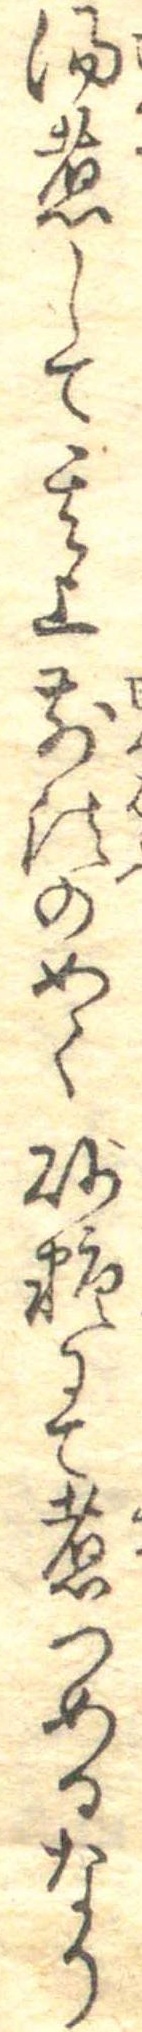
湯煮して其上前法の如く砂糖にて煮つめるなり